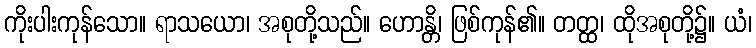
ကိုးပါးကုန်သော။ ရာသယော၊ အစုတို့သည်။ ဟောန္တိ၊ ဖြစ်ကုန်၏။ တတ္ထ၊ ထိုအစုတို့၌။ ယံ၊